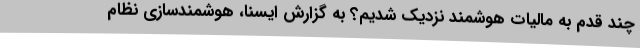
چند قدم به مالیات هوشمند نزدیک شدیم؟ به گزارش ایسنا، هوشمندسازی نظام